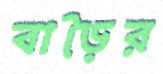
বাড়ৈর